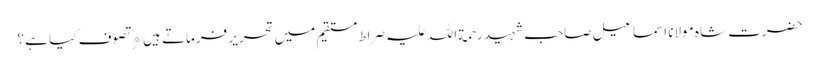
حضرت شاہ مولانا اسماعیل صاحب شہید رحمة اللہ علیہ صراط مستقیم میں تحریر فرماتے ہیں﴿ تصوف کیا ہے ؟